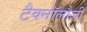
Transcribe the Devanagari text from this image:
टैक्नॉलौजी